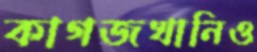
কাগজখানিও